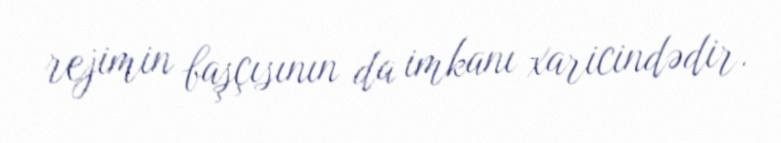
rejimin başçısının da imkanı xaricindədir.